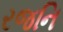
રજનિ